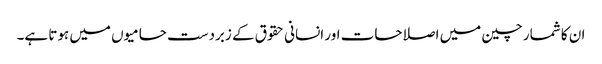
ان کا شمار چین میں اصلاحات اور انسانی حقوق کے زبردست حامیوں میں ہوتا ہے۔